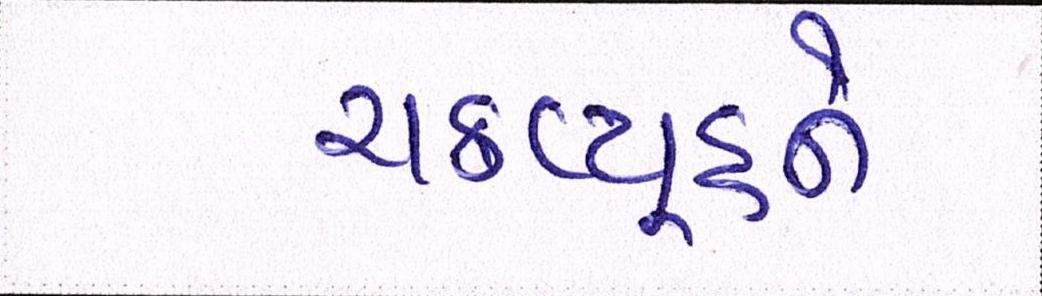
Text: ચક્રવ્યૂહને